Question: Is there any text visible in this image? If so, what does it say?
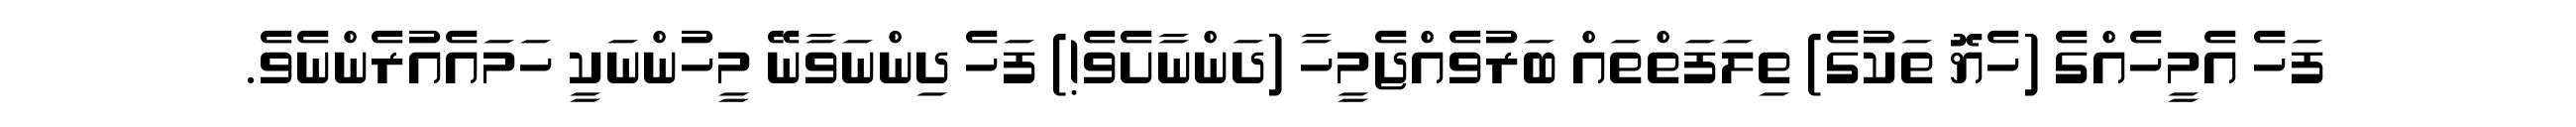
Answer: ފަހެ އެމީހެއްގެ (ހެޔޮ ތަކުގެ) ތިލަފަތްތައް ބަރުވެއްޖެމީހާ (ދަންނާށެވެ!) ފަހެ ދިންނަވާނޭ މީހުންނަކީ ހަމައެއުރެންނެވެ.